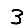
Digit: 3